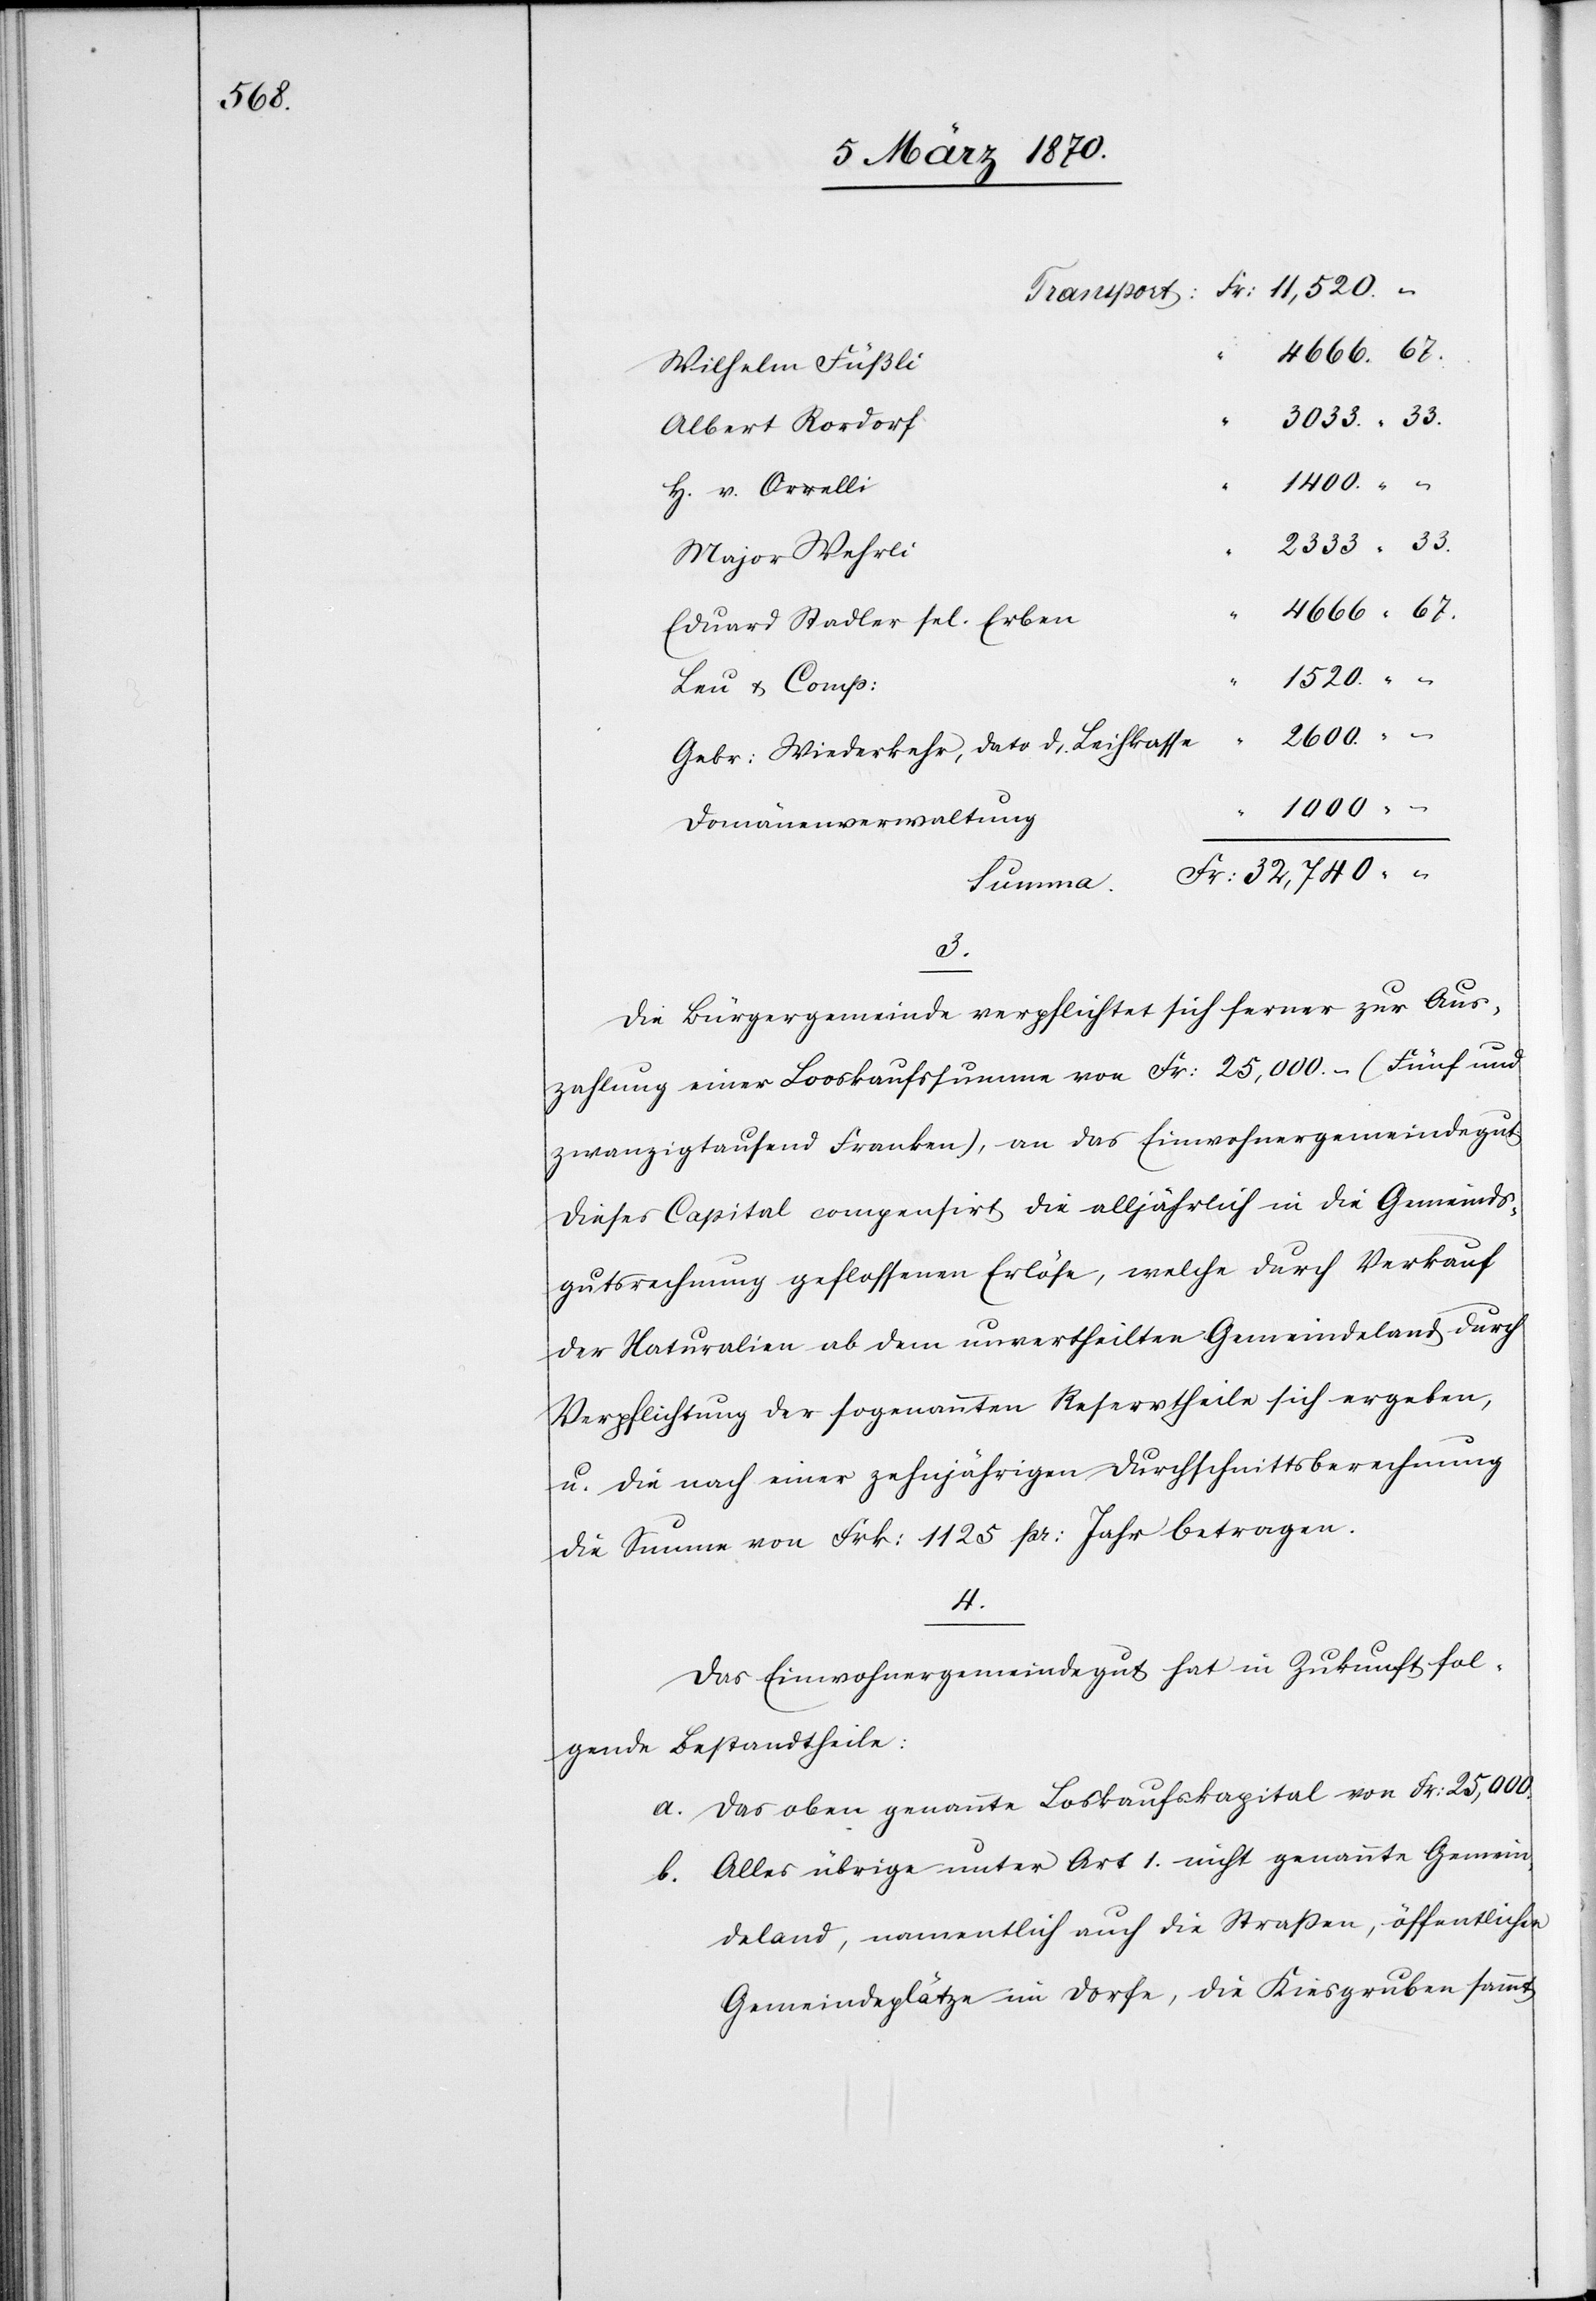
Wilhelm Füßli
3033.33.
Albert Rordorf
1400. –
H. v. Orrelli
2333.33.
Major Wehrli
4666.67.
Eduard Stadler sel. Erben
1520. –
Leu & Comp:
2600. –
Gebr: Wiederkehr, dato d. Leihkasse
1000. –
Domänenverwaltung
Summa.
3.
Die Bürgergemeinde verpflichtet sich ferner zur Aus¬
zahlung einer Looskaufssumme von Fr: 25,000. – (Fünf und
zwanzigtausend Franken), an das Einwohnergemeindegut.
Dieses Capital compensirt die alljährlich durch Verkauf
der Naturalien ab dem unvertheilten Gemeindeland durch
Verpflichtung der sogenannten Reservtheile sich ergeben,
u. die nach einer zehnjährigen Durchschnittsberechnung
die Summe von Frk: 1125 pr: Jahr betragen.
4.
Das Einwohnergemeindegut hat in Zukunft fol¬
gende Bestandtheile:
a. Das oben genannte Loskaufscapital von Fr: 25,000.
b. Alles übrige unter Art 1. nicht genannte Gemein¬
deland, namentlich auch die Straßen, öffentliche
Gemeindeplätze im Dorfe, die Kiesgruben sammt